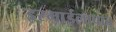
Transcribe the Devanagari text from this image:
इस्माईलाबाद